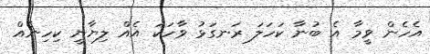
އެހެން ވީމާ އެ ބުނާ ކަހަލަ ރަނގަޅު ވާހަކަ އެއް ލިޔާނީ ކިހިނެއް